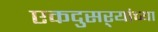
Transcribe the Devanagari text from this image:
एकदुसऱ्यांच्या